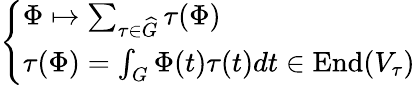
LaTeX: \left\{ \begin{array}{ll}{\Phi\mapsto\sum_{\tau\in{\widehat{G}}}\tau(\Phi)}\\ {\tau(\Phi)=\int_{G}\Phi(t)\tau(t)dt\in{\mathrm{End}}(V_{\tau})}\end{array}\right.